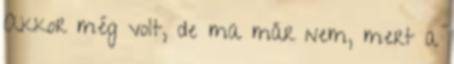
Akkor még volt, de ma már nem, mert a